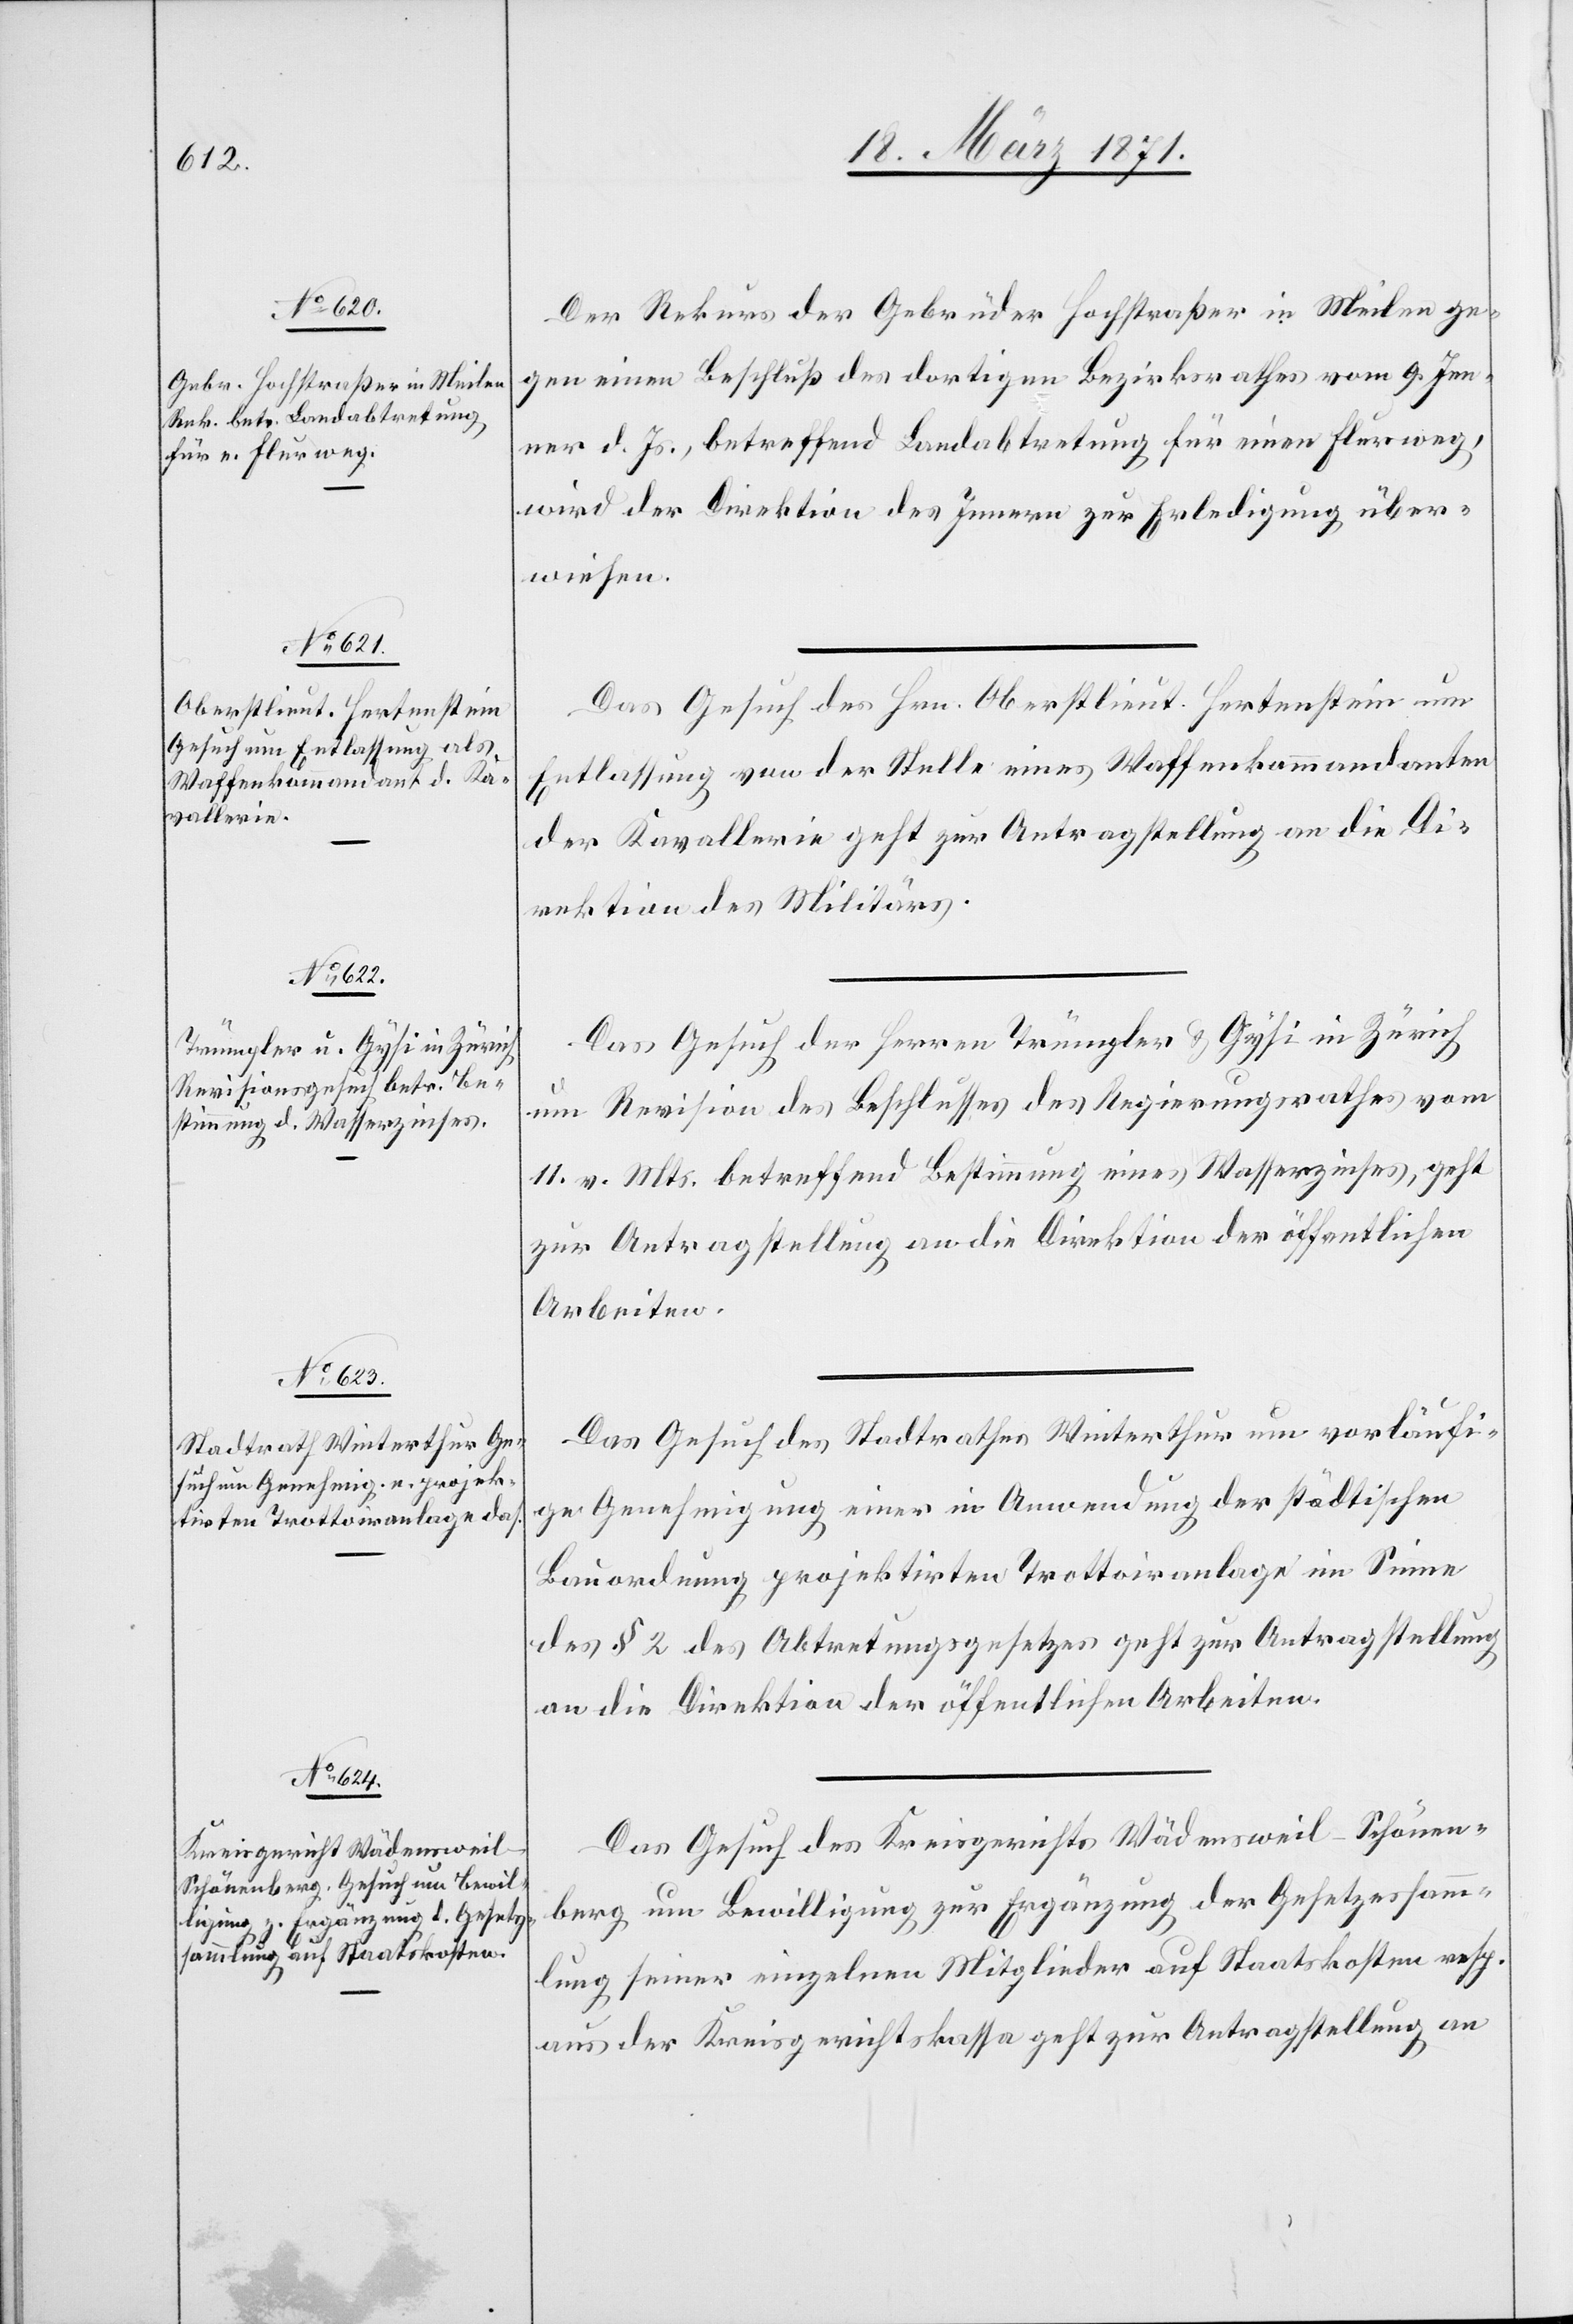
22. März 1871.]
Der Rekurs der Gebrüder Hochstraßer in Meilen ge¬
gen einen Beschluß des dortigen Bezirksrathes vom 9. Jen¬
ner d. Js., betreffend Landabtretung für einen Flurweg,
wird der Direktion des Innern zur Erledigung über¬
wiesen.
Das Gesuch des Hrn. Oberstlieut. Hertenstein um
Entlassung von der Stelle eines Waffenkommandanten
der Kavallerie geht zur Antragstellung an die Di¬
rektion des Militärs.
Das Gesuch der Herren Trümpler u. Gysi in Zürich
um Revision des Beschlusses des Regierungsrathes vom
11. v. Mts. betreffend Bestimmung eines Wasserzinses, geht
zur Antragstellung an die Direktion der öffentlichen
Arbeiten.
Das Gesuch des Stadtrathes Winterthur um vorläufi¬
ge Genehmigung einer in Anwendung der städtischen
Bauordnung projektirten Trottoiranlage im Sinne
des § 2 des Abtretungsgesetzes geht zur Antragstellung
an die Direktion der öffentlichen Arbeiten.
Das Gesuch des Kreisgerichts Wädensweil-Schönen¬
berg um Bewilligung zur Ergänzung der Gesetzessamm¬
lung seiner einzelnen Mitglieder auf Staatskosten resp.
aus der Kreisgerichtskassa geht zur Antragstellung an